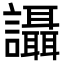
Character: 讘